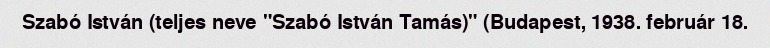
Szabó István (teljes neve "Szabó István Tamás)" (Budapest, 1938. február 18.